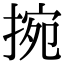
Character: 捥